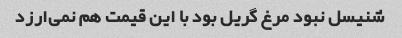
شنیسل نبود مرغ گریل بود با این قیمت هم نمی‌ارزد